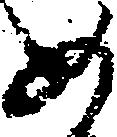
め